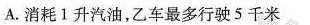
A.消耗Ⅰ升汽油，乙车最多行驶5千米